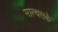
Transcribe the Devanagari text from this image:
माल्थसके